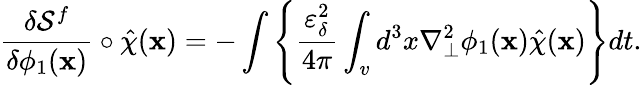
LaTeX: \frac{\delta\mathcal{S}^{f}}{\delta\phi_{1}(\textbf{x})}\circ\hat{\chi}(\textbf{x})=-\int\left\{ \frac{\varepsilon_{\delta}^{2}}{4\pi}\int_{v}d^{3}x\nabla_{\perp}^{2}\phi_{1}(\textbf{x})\hat{\chi}(\textbf{x})\right\} dt.